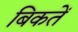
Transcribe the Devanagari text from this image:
बिकतें